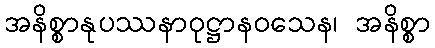
အနိစ္စာနုပဿနာဝုဋ္ဌာနဝသေန၊ အနိစ္စာ